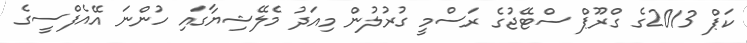
ކަޕް 2013ގެ ގްރޫޕް ސްޓޭޖުގެ ރަސްމީ ގުރުލުން މިއަދު މެލޭޝިޔާގައި ހުންނަ އޭއެފްސީގެ